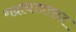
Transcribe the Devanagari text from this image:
गदाधरप्रसाद